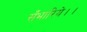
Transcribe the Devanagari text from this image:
सँभारिये।।